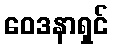
ဝေဒနာရှင်